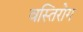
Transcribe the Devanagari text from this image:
वस्तिरोग